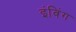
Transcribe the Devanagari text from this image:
इंविंग